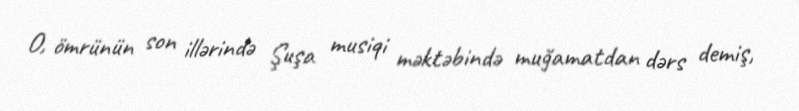
O, ömrünün son illərində Şuşa musiqi məktəbində muğamatdan dərs demiş,